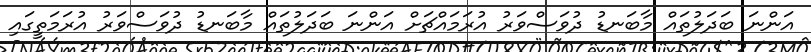
އަންނަ ބަދަލުތައް މާބަނޑު ދުވަސްވަރު އުރަމައްޗަށް އަންނަ ބަދަލުތައް މާބަނޑު ދުވަސްވަރު އުރަމަތީގައި